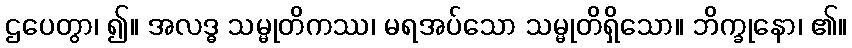
ဌပေတွာ၊ ၍။ အလဒ္ဓ သမ္မုတိကဿ၊ မရအပ်သော သမ္မုတိရှိသော။ ဘိက္ခုနော၊ ၏။